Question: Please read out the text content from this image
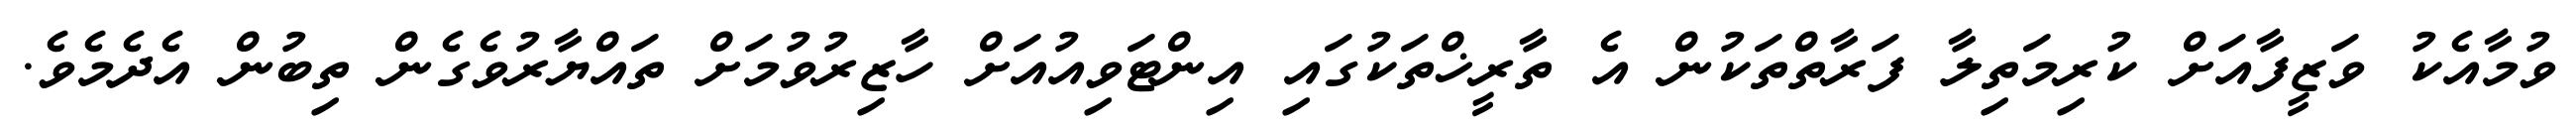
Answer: ވުމާއެކު ވަޒީފާއަށް ކުރިމަތިލާ ފަރާތްތަކުން އެ ތާރީޚްތަކުގައި އިންޓަވިއުއަށް ހާޒިރުވުމަށް ތައްޔާރުވެގެން ތިބުން އެދެމެވެ.